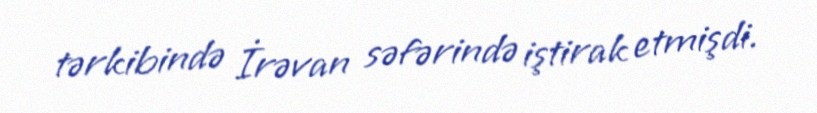
tərkibində İrəvan səfərində iştirak etmişdi.